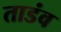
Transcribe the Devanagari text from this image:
ताडंव